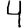
Digit: 4